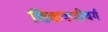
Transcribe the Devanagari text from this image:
शिकवणीवर्ग